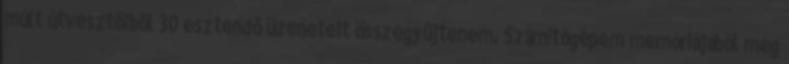
múlt útvesztõibõl 30 esztendõ üzeneteit összegyûjtenem. Számítógépem memóriájából meg